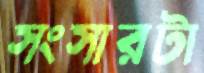
সংসারটা